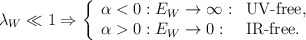
\begin{align*}\lambda_{W} \ll 1 \Rightarrow\left\{ \begin{array}{lll}\alpha < 0: E_{W} \rightarrow \infty: & \mbox{UV-free,}\\\alpha > 0: E_{W} \rightarrow 0: & \mbox{IR-free.}\end{array}\right.\end{align*}